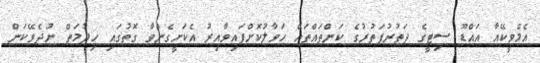
އެމްވީކޭއާ އައްޑޫ ސިޓީގެ ދަތުރުފަތުރުގެ ކަންތައްތައް ހަވާލުކޮށްފައިވާއިރު އެކަށީގެންވާ ގޮތުގައި ހިދުމަތް ނުދެވޭކަން